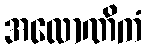
အလောဏိကံ